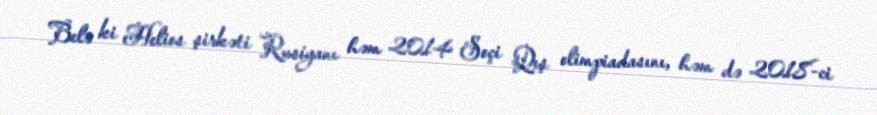
Belə ki Helios şirkəti Rusiyanı həm 2014 Soçi Qış olimpiadasını, həm də 2018-ci